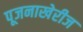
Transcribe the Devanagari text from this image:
पूजनाखेरीज